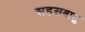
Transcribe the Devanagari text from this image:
सहसबाहु